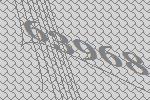
63968